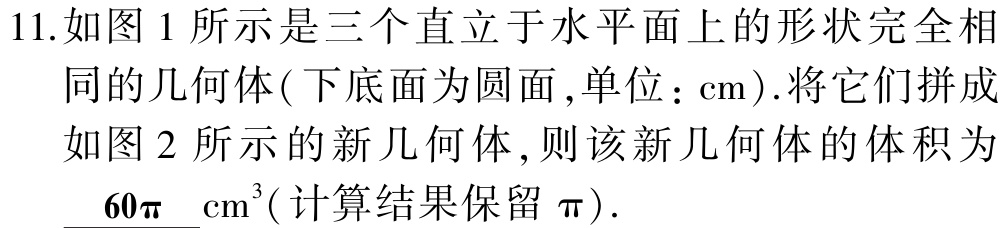
11.如图1所示是三个直立于水平面上的形状完全相同的几何体(下底面为圆面,单位：\(\mathrm{cm}\)).将它们拼成如图2所示的新几何体,则该新几何体的体积为\(\underline{60\pi}\mathrm{cm}^{3}\)(计算结果保留\(\pi\)).